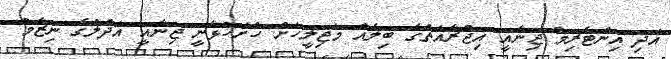
އަދި އިންޓެރިމް ޖިނާއީ އިޖުރާއަތުގެ ބިލެއް މަޖިލީހަށް ހުށަހަޅާނީ ޖިނާއީ އަދުލުގެ ނިޒާމް